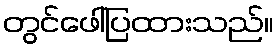
တွင်ဖေါ်ပြထားသည်။